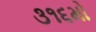
૩૧૬મો